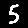
Digit: 5